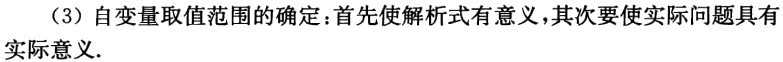
（3）自变量取值范围的确定：首先使解析式有意义，其次要使实际问题具有实际意义.